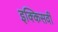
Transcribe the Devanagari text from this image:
इक्किसवीं